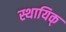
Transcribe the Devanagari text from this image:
स्थायिक्